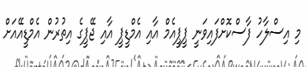
މި އިސްލާހު ފާސްކޮށްފައިވަނީ ޕީޕީއެމް އާއި އެމްޑީޕީ އާއި ޖޭޕީގެ އިތުރުން އެމްޑީއޭއަށް